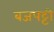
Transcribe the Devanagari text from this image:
बजपट्टी